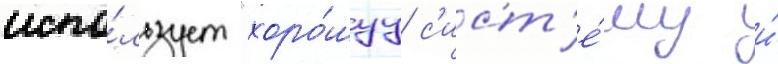
испо́льзует "хоро́шуу с'ист'е́му и́